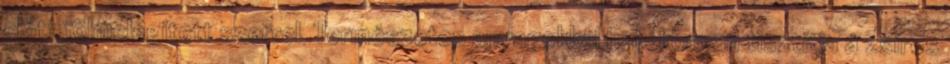
előtt fölmelegített szerrel. Természetes anyagokkal hatékonyan tisztítja a zsíros